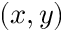
( x , y )